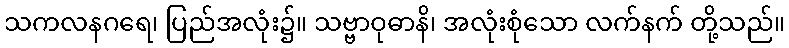
သကလနဂရေ၊ ပြည်အလုံး၌။ သဗ္ဗာဝုဓာနိ၊ အလုံးစုံသော လက်နက် တို့သည်။